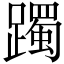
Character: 躅